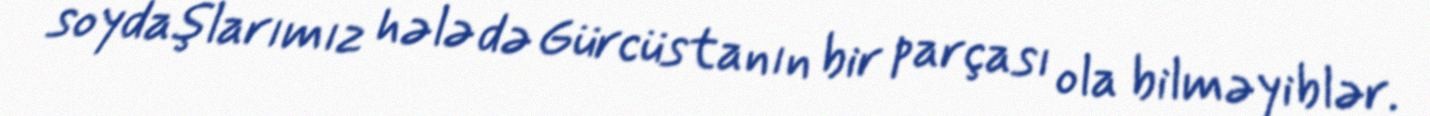
soydaşlarımız hələ də Gürcüstanın bir parçası ola bilməyiblər.